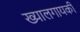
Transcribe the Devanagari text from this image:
ख्यालगायकी